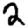
Digit: 2